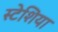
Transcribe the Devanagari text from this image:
स्टेशिया